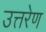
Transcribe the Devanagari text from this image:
उत्तरेण